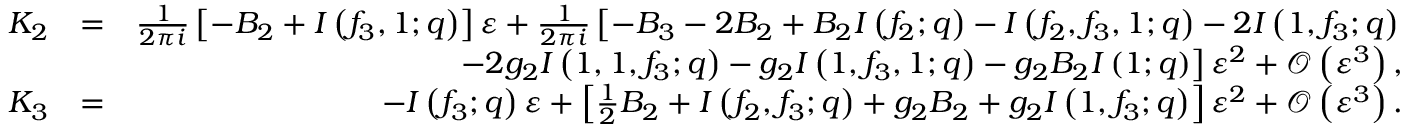
\begin{array} { r l r } { K _ { 2 } } & { = } & { \frac { 1 } { 2 \pi i } \left[ - B _ { 2 } + I \left( f _ { 3 } , 1 ; q \right) \right] \varepsilon + \frac { 1 } { 2 \pi i } \left[ - B _ { 3 } - 2 B _ { 2 } + B _ { 2 } I \left( f _ { 2 } ; q \right) - I \left( f _ { 2 } , f _ { 3 } , 1 ; q \right) - 2 I \left( 1 , f _ { 3 } ; q \right) \right. } \\ & { } & { \left. - 2 g _ { 2 } I \left( 1 , 1 , f _ { 3 } ; q \right) - g _ { 2 } I \left( 1 , f _ { 3 } , 1 ; q \right) - g _ { 2 } B _ { 2 } I \left( 1 ; q \right) \right] \varepsilon ^ { 2 } + { \mathcal O } \left( \varepsilon ^ { 3 } \right) , } \\ { K _ { 3 } } & { = } & { - I \left( f _ { 3 } ; q \right) \varepsilon + \left[ \frac { 1 } { 2 } B _ { 2 } + I \left( f _ { 2 } , f _ { 3 } ; q \right) + g _ { 2 } B _ { 2 } + g _ { 2 } I \left( 1 , f _ { 3 } ; q \right) \right] \varepsilon ^ { 2 } + { \mathcal O } \left( \varepsilon ^ { 3 } \right) . } \end{array}